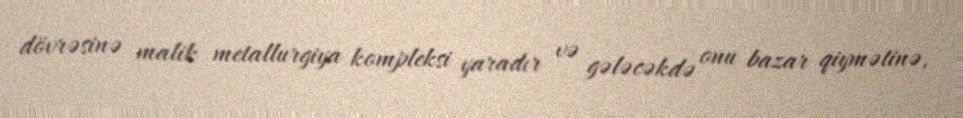
dövrəsinə malik metallurgiya kompleksi yaradır və gələcəkdə onu bazar qiymətinə,